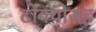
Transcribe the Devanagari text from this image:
टोक्योसह